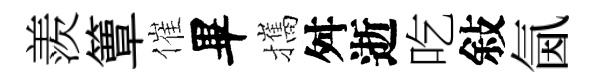
羨簟催畢攜舛逝吃敍氤